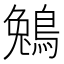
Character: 鵵